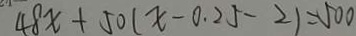
4 8 x + 5 0 ( x - 0 . 2 5 - 2 ) = 5 0 0